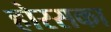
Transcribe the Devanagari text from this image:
होरसका